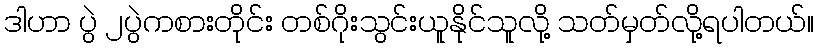
ဒါဟာ ပွဲ ၂ပွဲကစားတိုင်း တစ်ဂိုးသွင်းယူနိုင်သူလို့ သတ်မှတ်လို့ရပါတယ်။